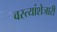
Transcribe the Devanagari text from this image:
वस्त्यांशेजारी